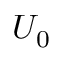
U _ { 0 }